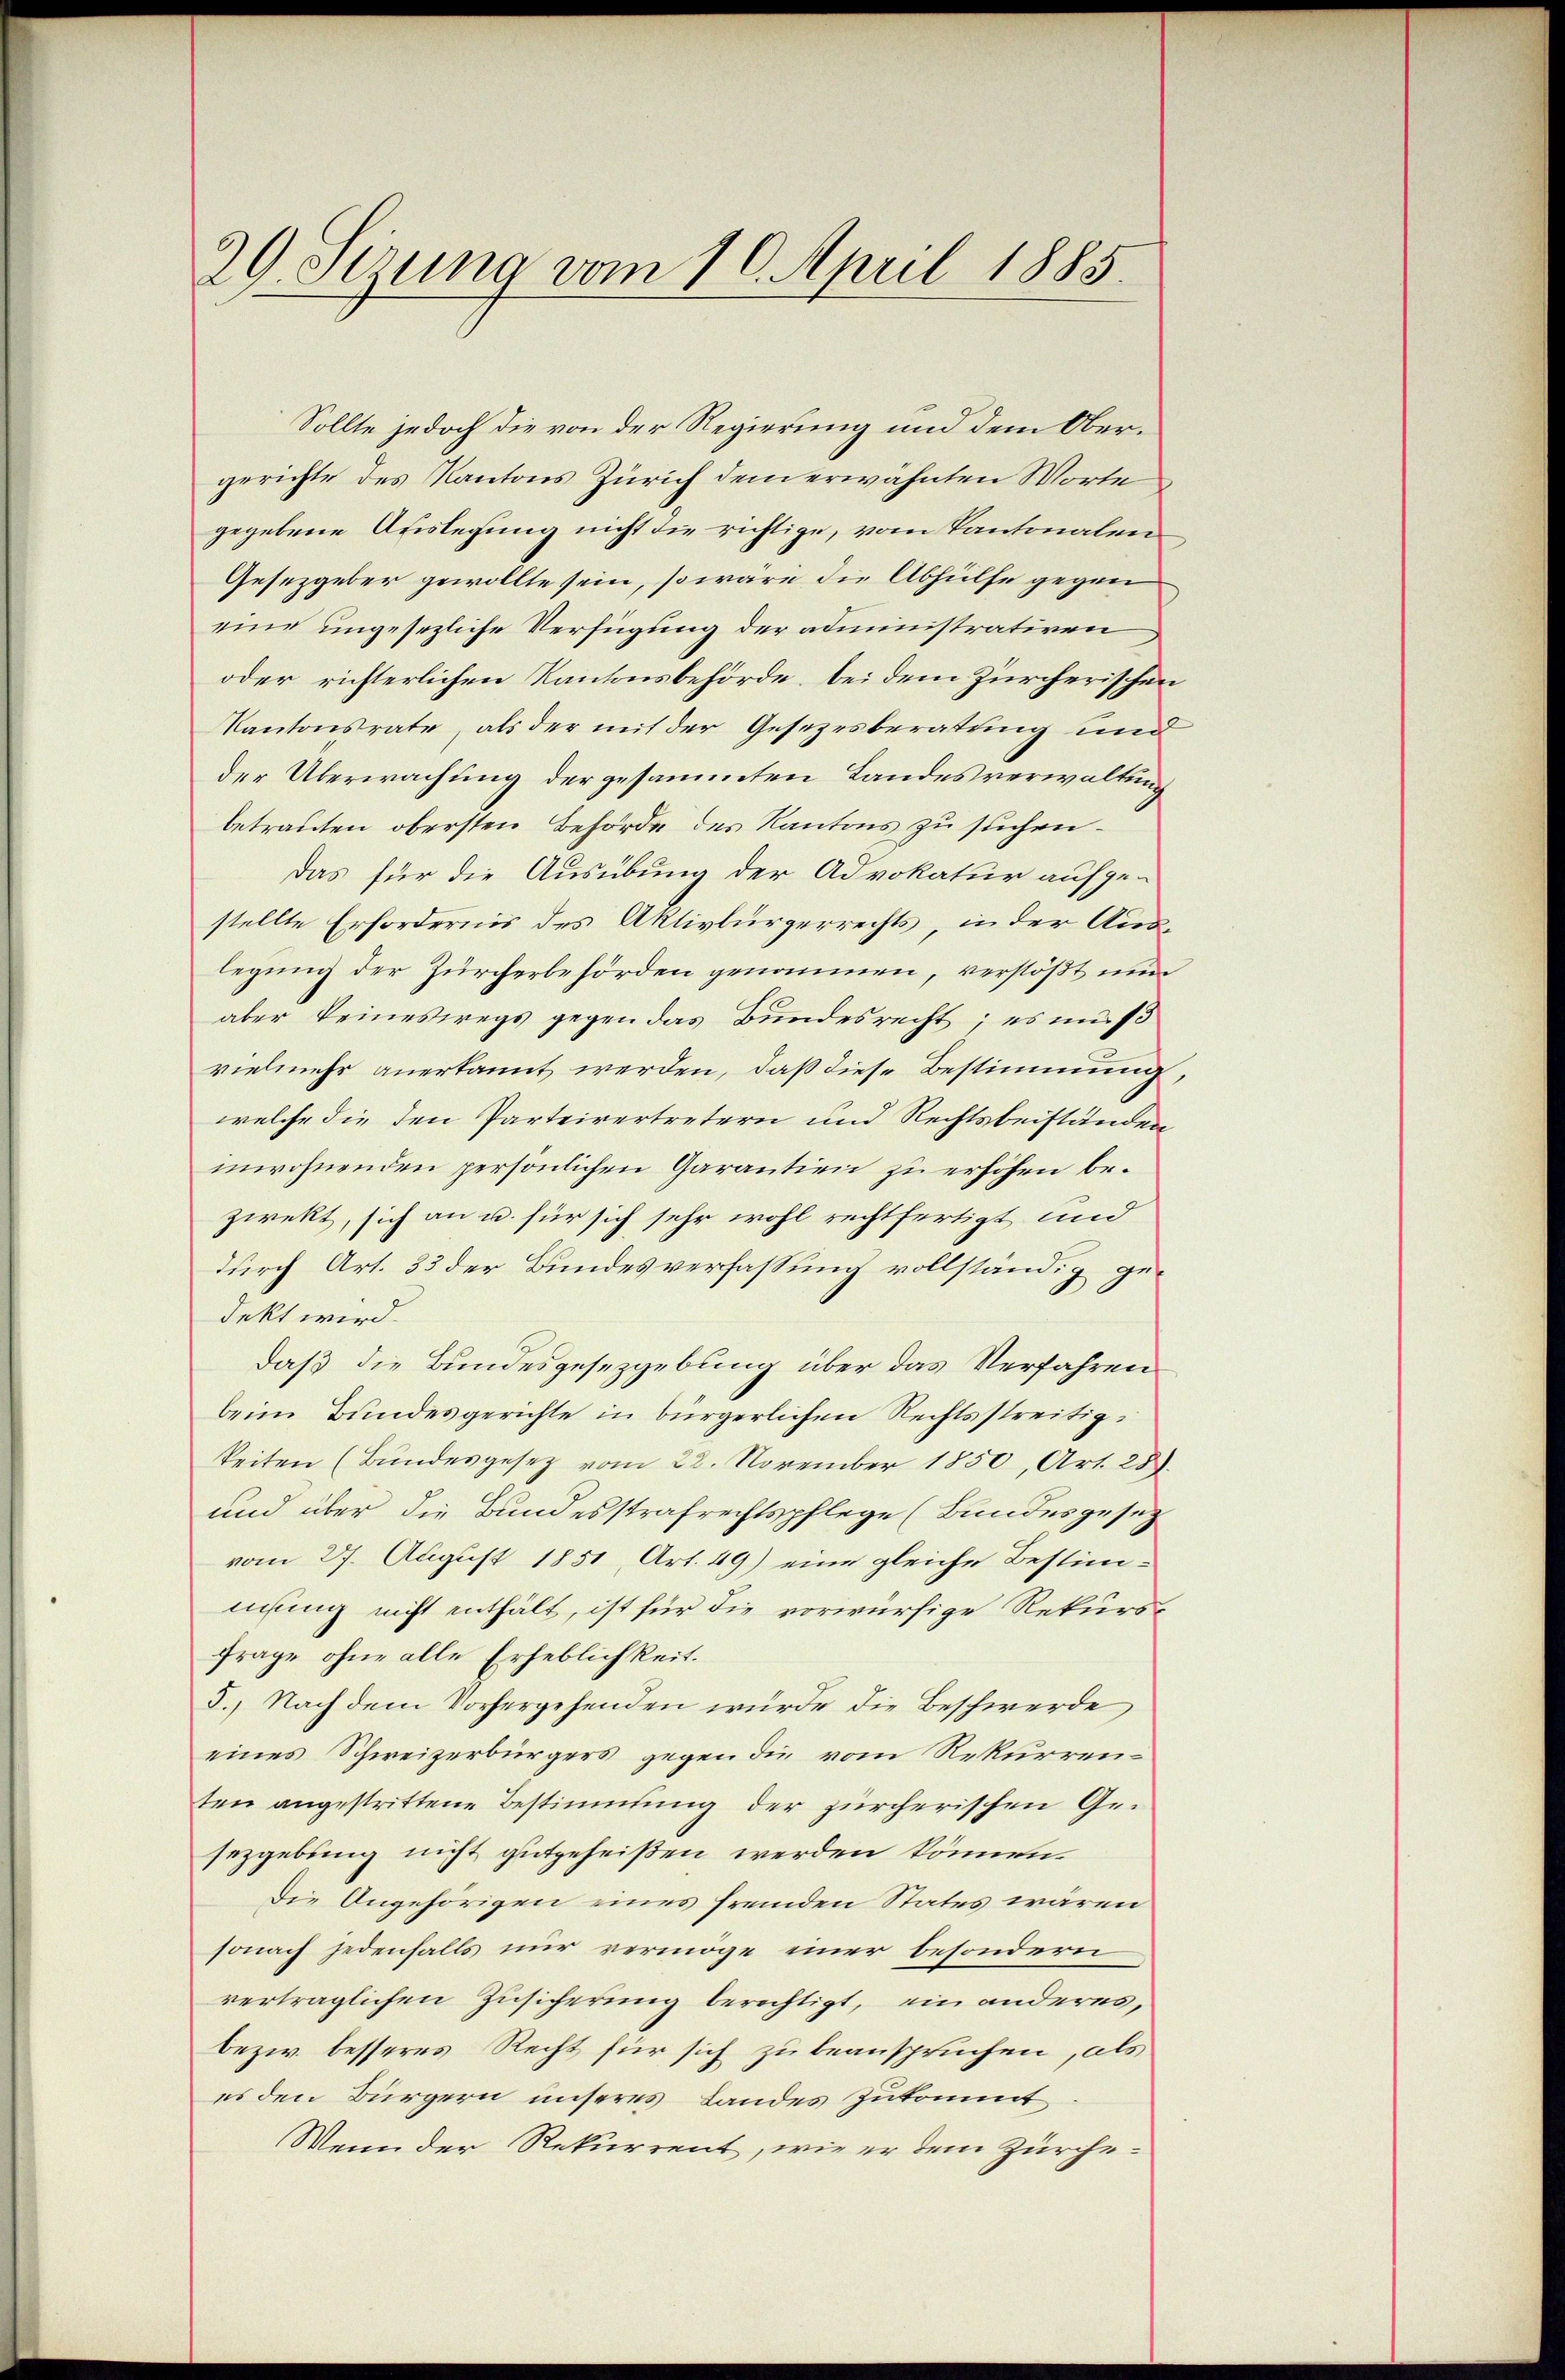
29. Sizung vom 10. April 1885.

Sollte jedoch die von der Regierung und dem Obergerichte des Kantons Zürich dem erwähnten Worte
gegebene Auslegung nicht die richtige, vom Kantonalen
Gesetzgeber gewollte sein, so wäre die Abhülfe gegen
eine ungesezliche Verfügung der administrativen
oder richterlichen Kantonsbehörde, bei dem Zürcherischen
Kantonsrate, als der mit der Gesezesberatung und
der Überwachung der gesammten Landesverwaltung
betrauten obersten Behörde des Kantons zu suchen.
Das für die Ausübung der Advokatur aufge-
stellte Erfordernis des Aktivbürgerrechts, in der Auslegung der Zürcherbehörden genommen, verstößt nun
aber keineswegs gegen das Bundesrecht; es muß
vielmehr anerkannt werden, daß diese Bestimmung
welche die den Parteivertretern und Rechtsbeiständen
inwohnenden persönlichen Garantien zu erhöhen bezwekt, sich an u. für sich sehr wohl rechtfertigt und
durch Art. 33 der Bundesverfassung vollständig gedekt wird.
daß die Bundesgesetzgebung über das Verfahren
beim Bundesgerichte in bürgerlichen Rechtsstreitigkeiten (Bundesgesetz vom 22. November 1850, Art. 28).
und über die Bundesstrafrechtspflege (Bundesgesetz
vom 27. August 1851, Art. 49) eine gleiche Bestimnisung nicht enthält, ist für die vorwürfige Rekurs¬
Frage ohne alle Erheblichkeit.
5.) Nach dem Vorhergehenden würde die Beschwerde
eines Schweizerbürgers gegen die vom Rekurrenten angestrittene Bestimmung der zürcherischen Gesezgebung nicht gutgeheißen werden können.
Die Angehörigen eines fremden States waren
sonach jedenfalls nur vermöge einer besondern
vertraglichen Zusicherung berechtigt, ein anderes,
bezw. besseres Recht für sich zu beanspruchen, als
es den Bürgern unseres Landes Zukommt
Wenn der Rekurrent, wie er dem Zürche¬

2